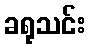
ခရုသင်း